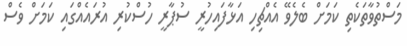
މަސްތުވާތަކެތި ކަމަށް ބެލެވޭ އެއްޗިހި އަޅާފައިހުރީ ސުޕާރީ ހުސްކުރި އުރައެއްގައި ކަމަށް ވެސް